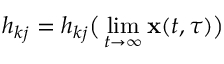
h _ { k j } = h _ { k j } \big ( \operatorname* { l i m } _ { t \rightarrow \infty } \mathbf { x } ( t , \tau ) \big )